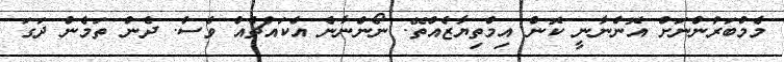
މެމްބަރުންނަށް އޮންނާނީ ކޮން އިމްތިޔާޒެއްތޭ. ނޯންނާނެ އެކައްޗެއް ވެސް. ދެން ތަމެން ދަގަ